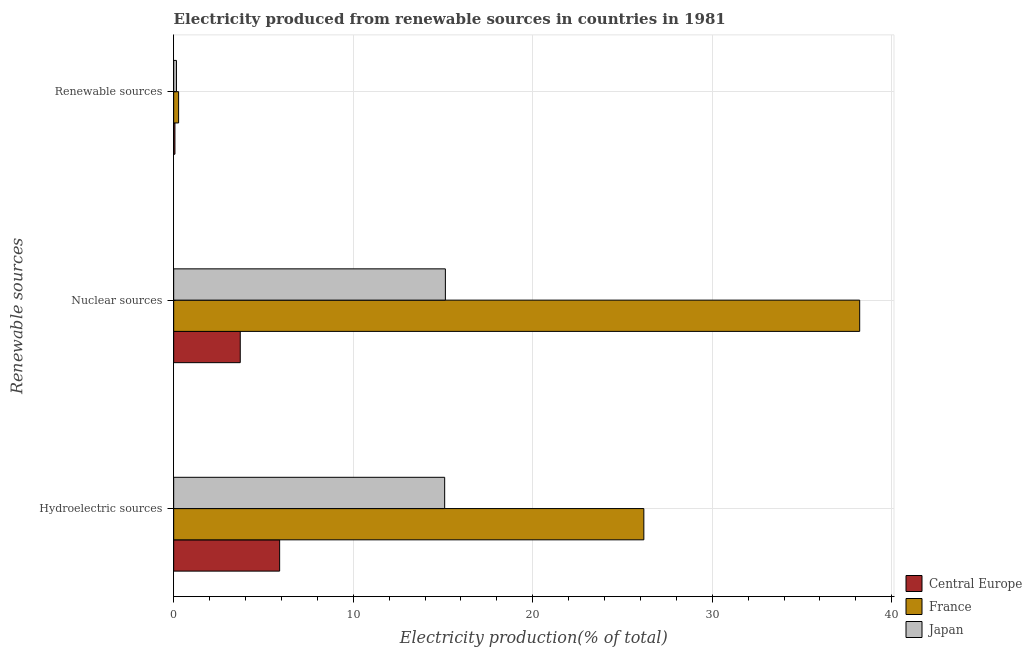
| Renewable sources | Central Europe | France | Japan |
 | --- | --- | --- | --- |
 | Hydroelectric sources | 5.9 | 26.2 | 15.1 |
 | Nuclear sources | 3.71 | 38.2 | 15.1 |
 | Renewable sources | 0.07 | 0.275 | 0.154 |